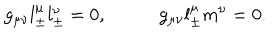
g _ { \mu \nu } l _ { \pm } ^ { \mu } l _ { \pm } ^ { \nu } = 0 , \; g _ { \mu \nu } l _ { \pm } ^ { \mu } m ^ { \nu } = 0 .